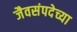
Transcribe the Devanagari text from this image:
जैवसंपदेच्या